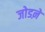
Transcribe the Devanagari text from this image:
जोडऩे